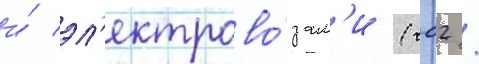
и́ эл'ектрово́зам'и (чс2 /